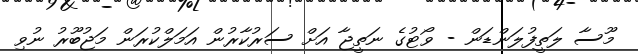
މޫސާ ލަތީފުލަންޑަން - ވޯޓުގެ ނަތީޖާ އަށް ސަރުކާރުން އަމަލްކުރަން މަޖުބޫރު ނުވި